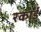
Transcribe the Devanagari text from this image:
रकार्ड